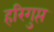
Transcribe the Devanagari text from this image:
हरिगुप्त